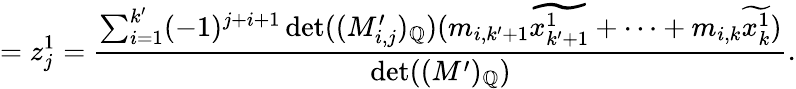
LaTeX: =z_{j}^{1}=\frac{\sum_{i=1}^{k^{\prime}}(-1)^{j+i+1}\operatorname*{det}((M_{i,j}^{\prime})_{\mathbb{Q}})(m_{i,k^{\prime}+1}\widetilde{x_{k^{\prime}+1}^{1}}+\dots+m_{i,k}\widetilde{x_{k}^{1}})}{\operatorname*{det}((M^{\prime})_{\mathbb{Q}})}.